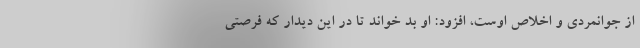
از جوانمردی و اخلاص اوست، افزود: او بد خواند تا در این دیدار که فرصتی